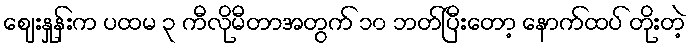
ဈေးနှုန်းက ပထမ ၃ ကီလိုမီတာအတွက် ၁၀ ဘတ်ပြီးတော့ နောက်ထပ် တိုးတဲ့